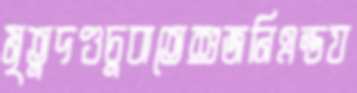
মৃতুদণ্ডচুবাতেশুজনিএন্ডয